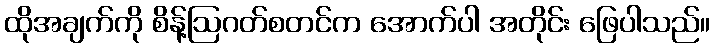
ထိုအချက်ကို စိန့်ဩဂတ်စတင်က အောက်ပါ အတိုင်း ဖြေပါသည်။